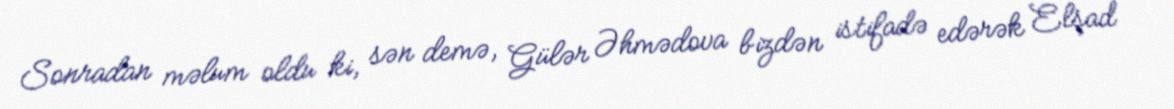
Sonradan məlum oldu ki, sən demə, Gülər Əhmədova bizdən istifadə edərək Elşad